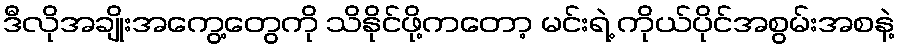
ဒီလိုအချိုးအကွေ့တွေကို သိနိုင်ဖို့ကတော့ မင်းရဲ့ ကိုယ်ပိုင်အစွမ်းအစနဲ့